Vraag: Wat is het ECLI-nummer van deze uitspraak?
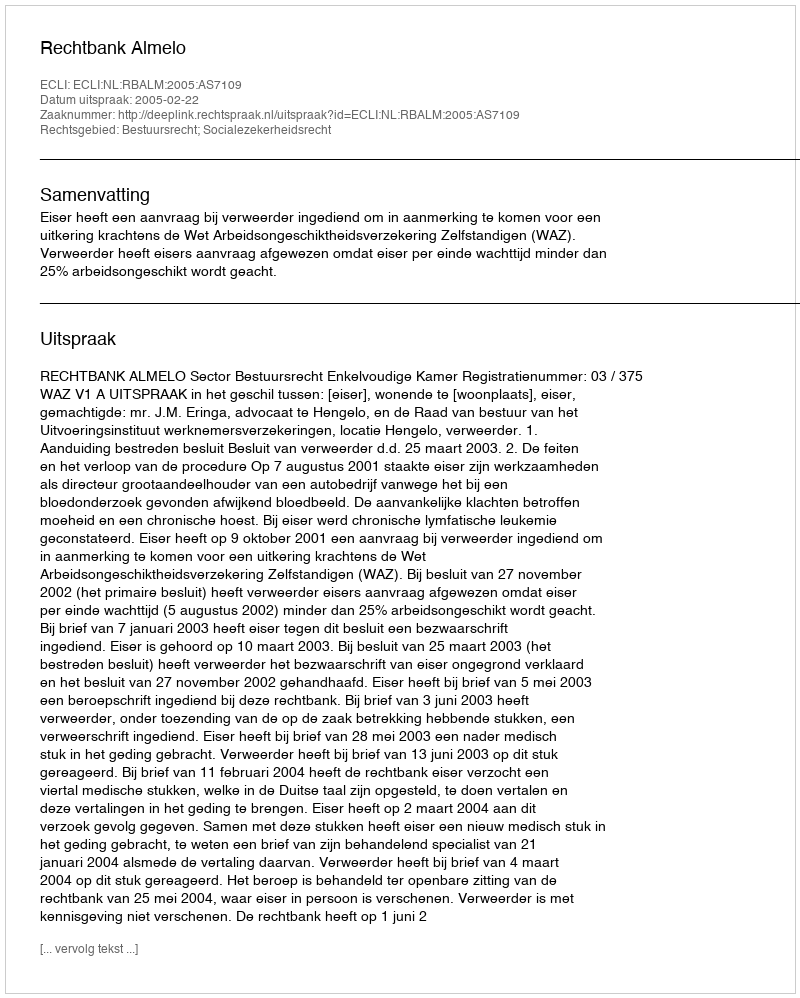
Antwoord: ECLI:NL:RBALM:2005:AS7109